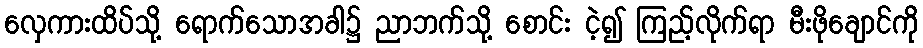
လှေကားထိပ်သို့ ရောက်သောအခါ၌ ညာဘက်သို့ စောင်း ငဲ့၍ ကြည့်လိုက်ရာ မီးဖိုချောင်ကို